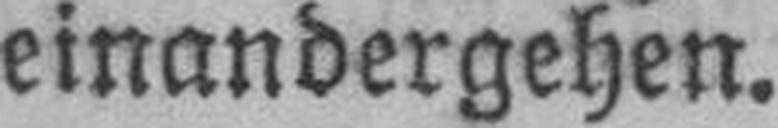
einandergehen.